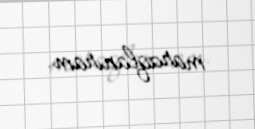
maraqlanıram.